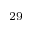
^ { 2 9 }